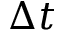
\Delta t